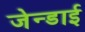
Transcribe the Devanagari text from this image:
जेन्‍डाई